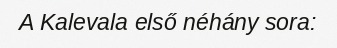
A Kalevala első néhány sora: